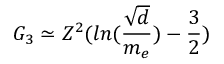
G _ { 3 } \simeq Z ^ { 2 } ( l n ( \frac { \sqrt { d } } { m _ { e } } ) - \frac { 3 } { 2 } )